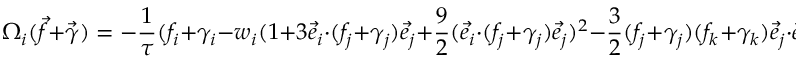
\Omega _ { i } ( \vec { f } + \vec { \gamma } ) = - \frac { 1 } { \tau } ( f _ { i } + \gamma _ { i } - { w _ { i } } ( 1 + 3 \vec { e } _ { i } \cdot ( f _ { j } + \gamma _ { j } ) \vec { e } _ { j } + \frac { 9 } { 2 } ( \vec { e } _ { i } \cdot ( f _ { j } + \gamma _ { j } ) \vec { e } _ { j } ) ^ { 2 } - \frac { 3 } { 2 } ( f _ { j } + \gamma _ { j } ) ( f _ { k } + \gamma _ { k } ) \vec { e } _ { j } \cdot \vec { e } _ { k } ) ) )